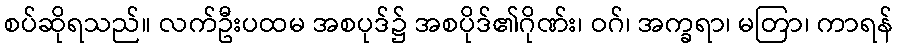
စပ်ဆိုရသည်။ လက်ဦးပထမ အစပုဒ်၌ အစပိုဒ်၏ဂိုဏ်း၊ ဝဂ်၊ အက္ခရာ၊ မတြာ၊ ကာရန်